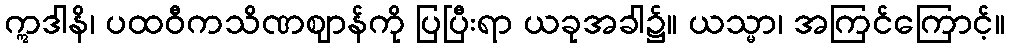
ဣဒါနိ၊ ပထဝီကသိဏဈာန်ကို ပြပြီးရာ ယခုအခါ၌။ ယသ္မာ၊ အကြင်ကြောင့်။